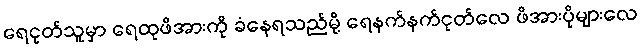
ရေငုတ်သူမှာ ရေထုဖိအားကို ခံနေရသည်မို့ ရေနက်နက်ငုတ်လေ ဖိအားပိုများလေ